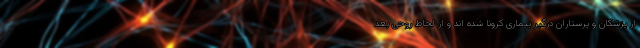
از پزشکان و پرستاران درگیر بیماری کرونا شده اند و از لحاظ روحی بعد